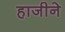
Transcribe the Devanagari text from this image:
हाजीने